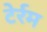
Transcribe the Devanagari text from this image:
टेर्रम